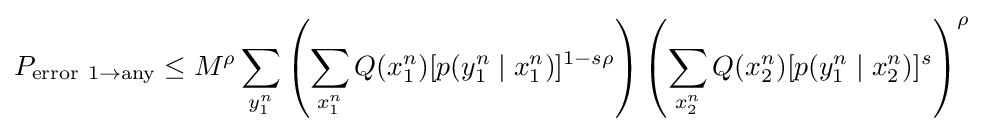
P_{\mathrm {error} \ 1\to \mathrm {any} }\leq M^{\rho }\sum _{y_{1}^{n}}\left(\sum _{x_{1}^{n}}Q(x_{1}^{n})[p(y_{1}^{n}\mid x_{1}^{n})]^{1-s\rho }\right)\left(\sum _{x_{2}^{n}}Q(x_{2}^{n})[p(y_{1}^{n}\mid x_{2}^{n})]^{s}\right)^{\rho }